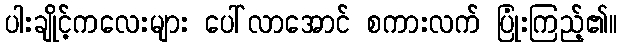
ပါးချိုင့်ကလေးများ ပေါ်လာအောင် စကားလက် ပြုံးကြည့်၏။